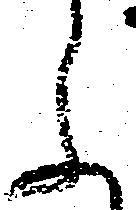
参